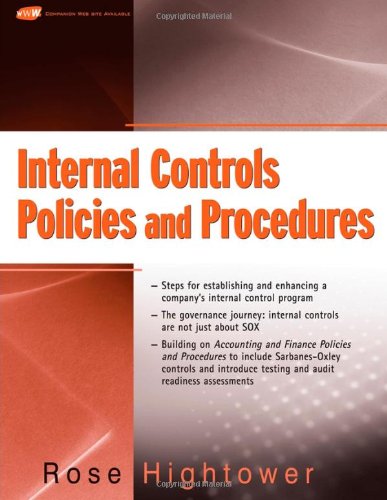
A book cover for Internal Controls Policies and Procedures; Rose Hightower; Business & Money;